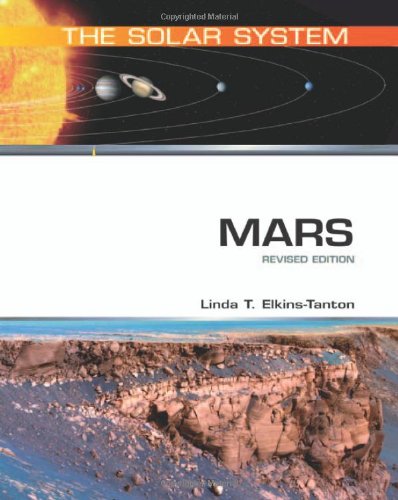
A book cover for Mars (The Solar System); Linda T. Elkins-Tanton; Science & Math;